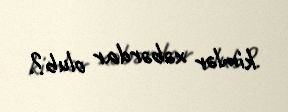
kimlər xəbərdar olub?.